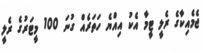
ޖެމެއިކާގެ ރެލީ ޓީމާ އެކު އިއްޔެ ހަތަރެއް ގުނަ 100 މީޓަރުގެ ރެލީ